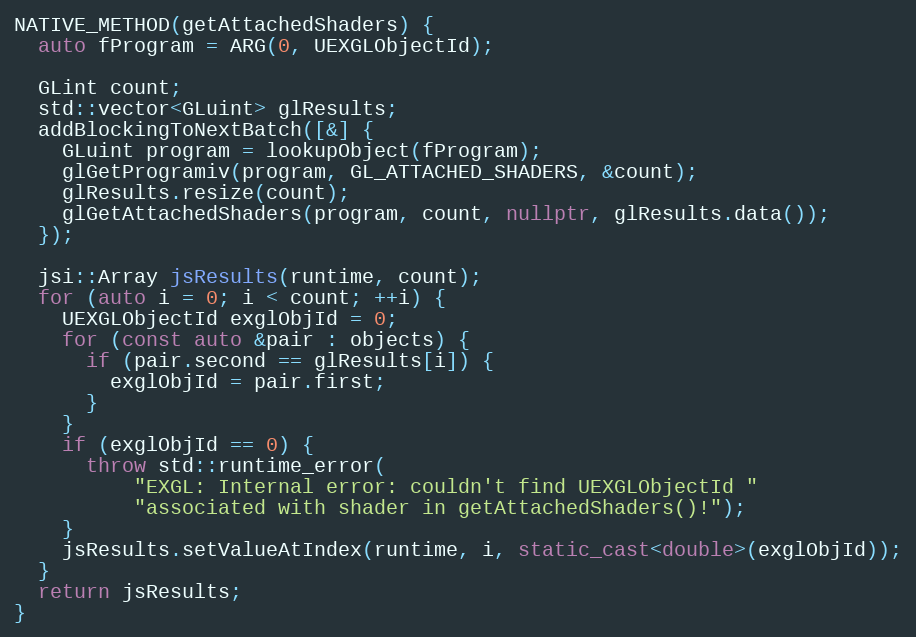
Language: C++
NATIVE_METHOD(getAttachedShaders) {
  auto fProgram = ARG(0, UEXGLObjectId);

  GLint count;
  std::vector<GLuint> glResults;
  addBlockingToNextBatch([&] {
    GLuint program = lookupObject(fProgram);
    glGetProgramiv(program, GL_ATTACHED_SHADERS, &count);
    glResults.resize(count);
    glGetAttachedShaders(program, count, nullptr, glResults.data());
  });

  jsi::Array jsResults(runtime, count);
  for (auto i = 0; i < count; ++i) {
    UEXGLObjectId exglObjId = 0;
    for (const auto &pair : objects) {
      if (pair.second == glResults[i]) {
        exglObjId = pair.first;
      }
    }
    if (exglObjId == 0) {
      throw std::runtime_error(
          "EXGL: Internal error: couldn't find UEXGLObjectId "
          "associated with shader in getAttachedShaders()!");
    }
    jsResults.setValueAtIndex(runtime, i, static_cast<double>(exglObjId));
  }
  return jsResults;
}